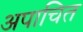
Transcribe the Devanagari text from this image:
अपाचित